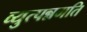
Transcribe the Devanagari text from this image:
व्युत्पन्नमति